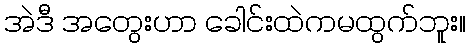
အဲဒီ အတွေးဟာ ခေါင်းထဲကမထွက်ဘူး။